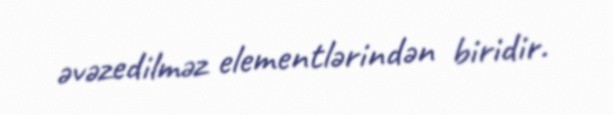
əvəzedilməz elementlərindən biridir.